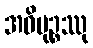
အဓိမုဉ္စဿု